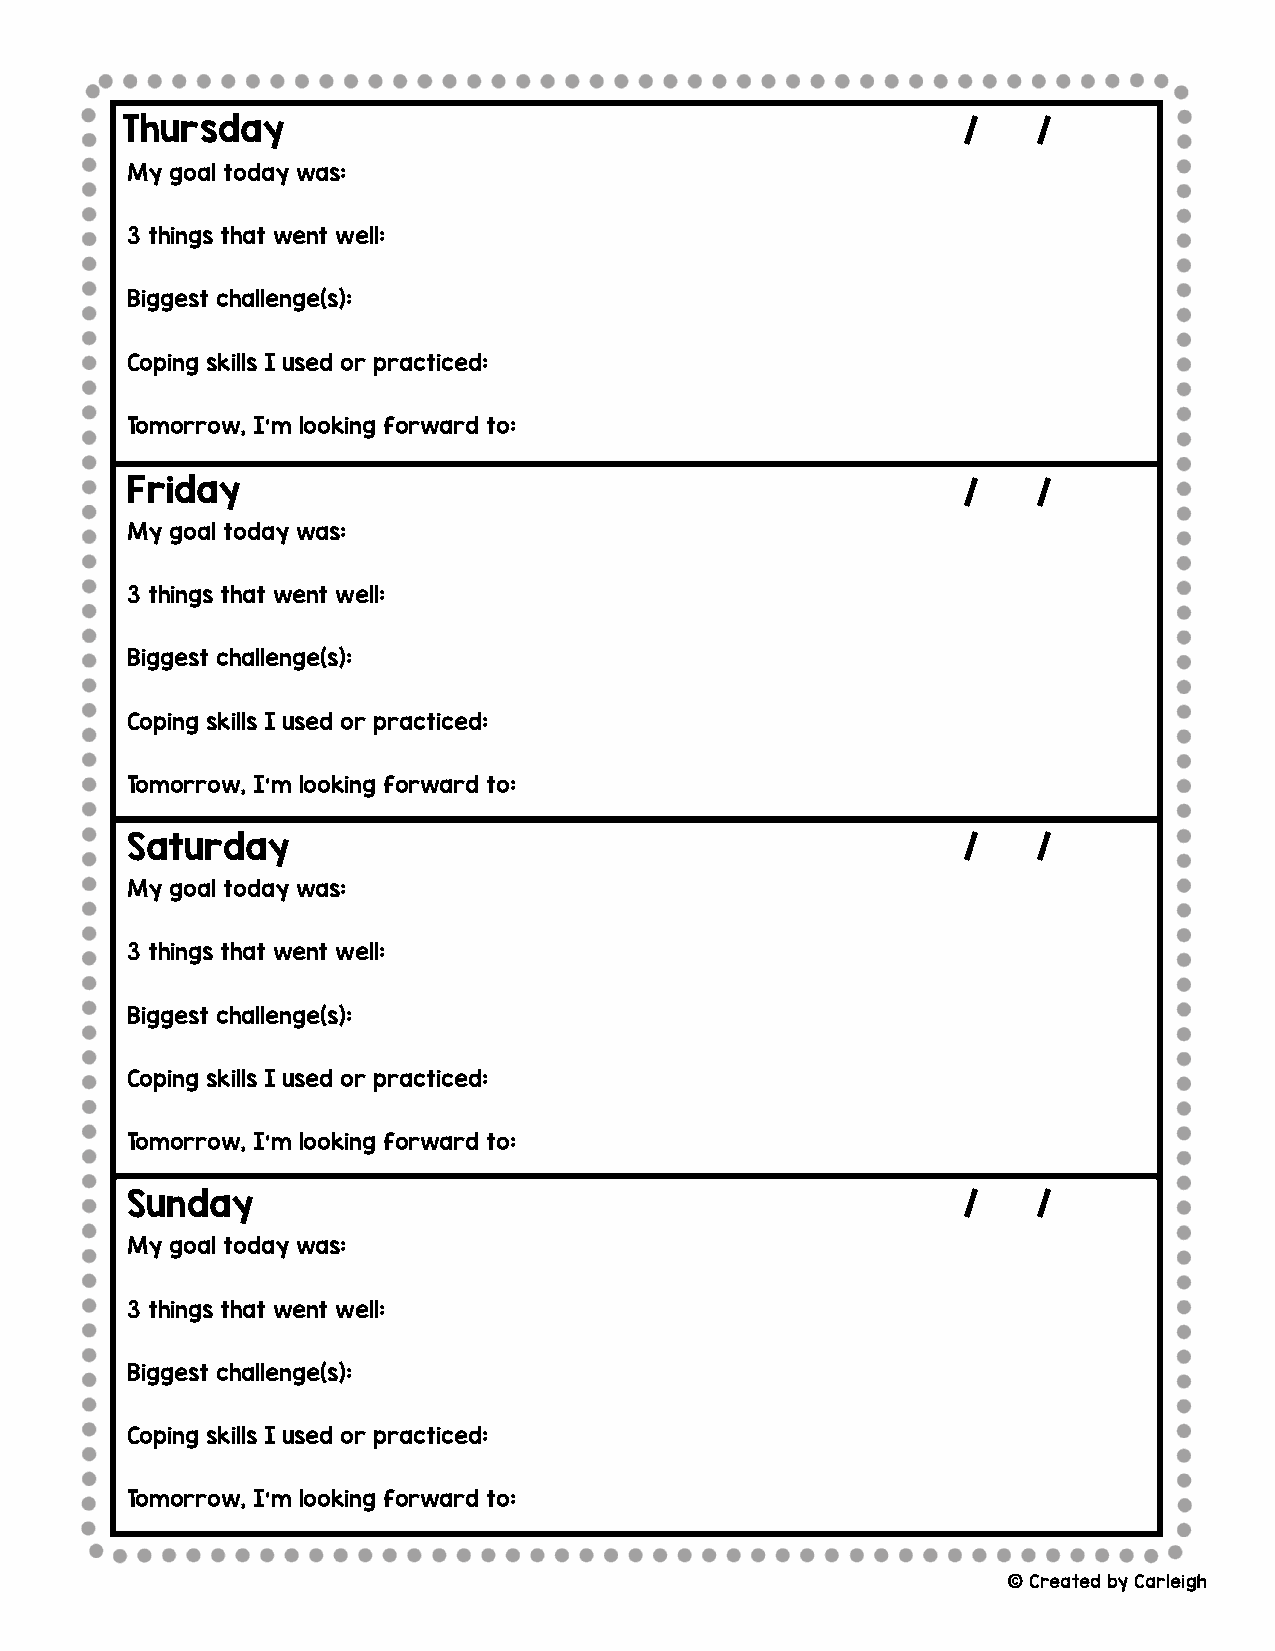
Thursday                                                /    /
 My goal today was:
 3 things that went well:
 Biggest challenge(s):
 Coping skills I used or practiced:
 Tomorrow, I’m looking forward to:
 Friday                                                  /    /
 My goal today was:
 3 things that went well:
 Biggest challenge(s):
 Coping skills I used or practiced:
 Tomorrow, I’m looking forward to:
 Saturday                                                /    /
 My goal today was:
 3 things that went well:
 Biggest challenge(s):
 Coping skills I used or practiced:
 Tomorrow, I’m looking forward to:
 Sunday                                                  /    /
 My goal today was:
 3 things that went well:
 Biggest challenge(s):
 Coping skills I used or practiced:
 Tomorrow, I’m looking forward to:
 ©Created by Carleigh